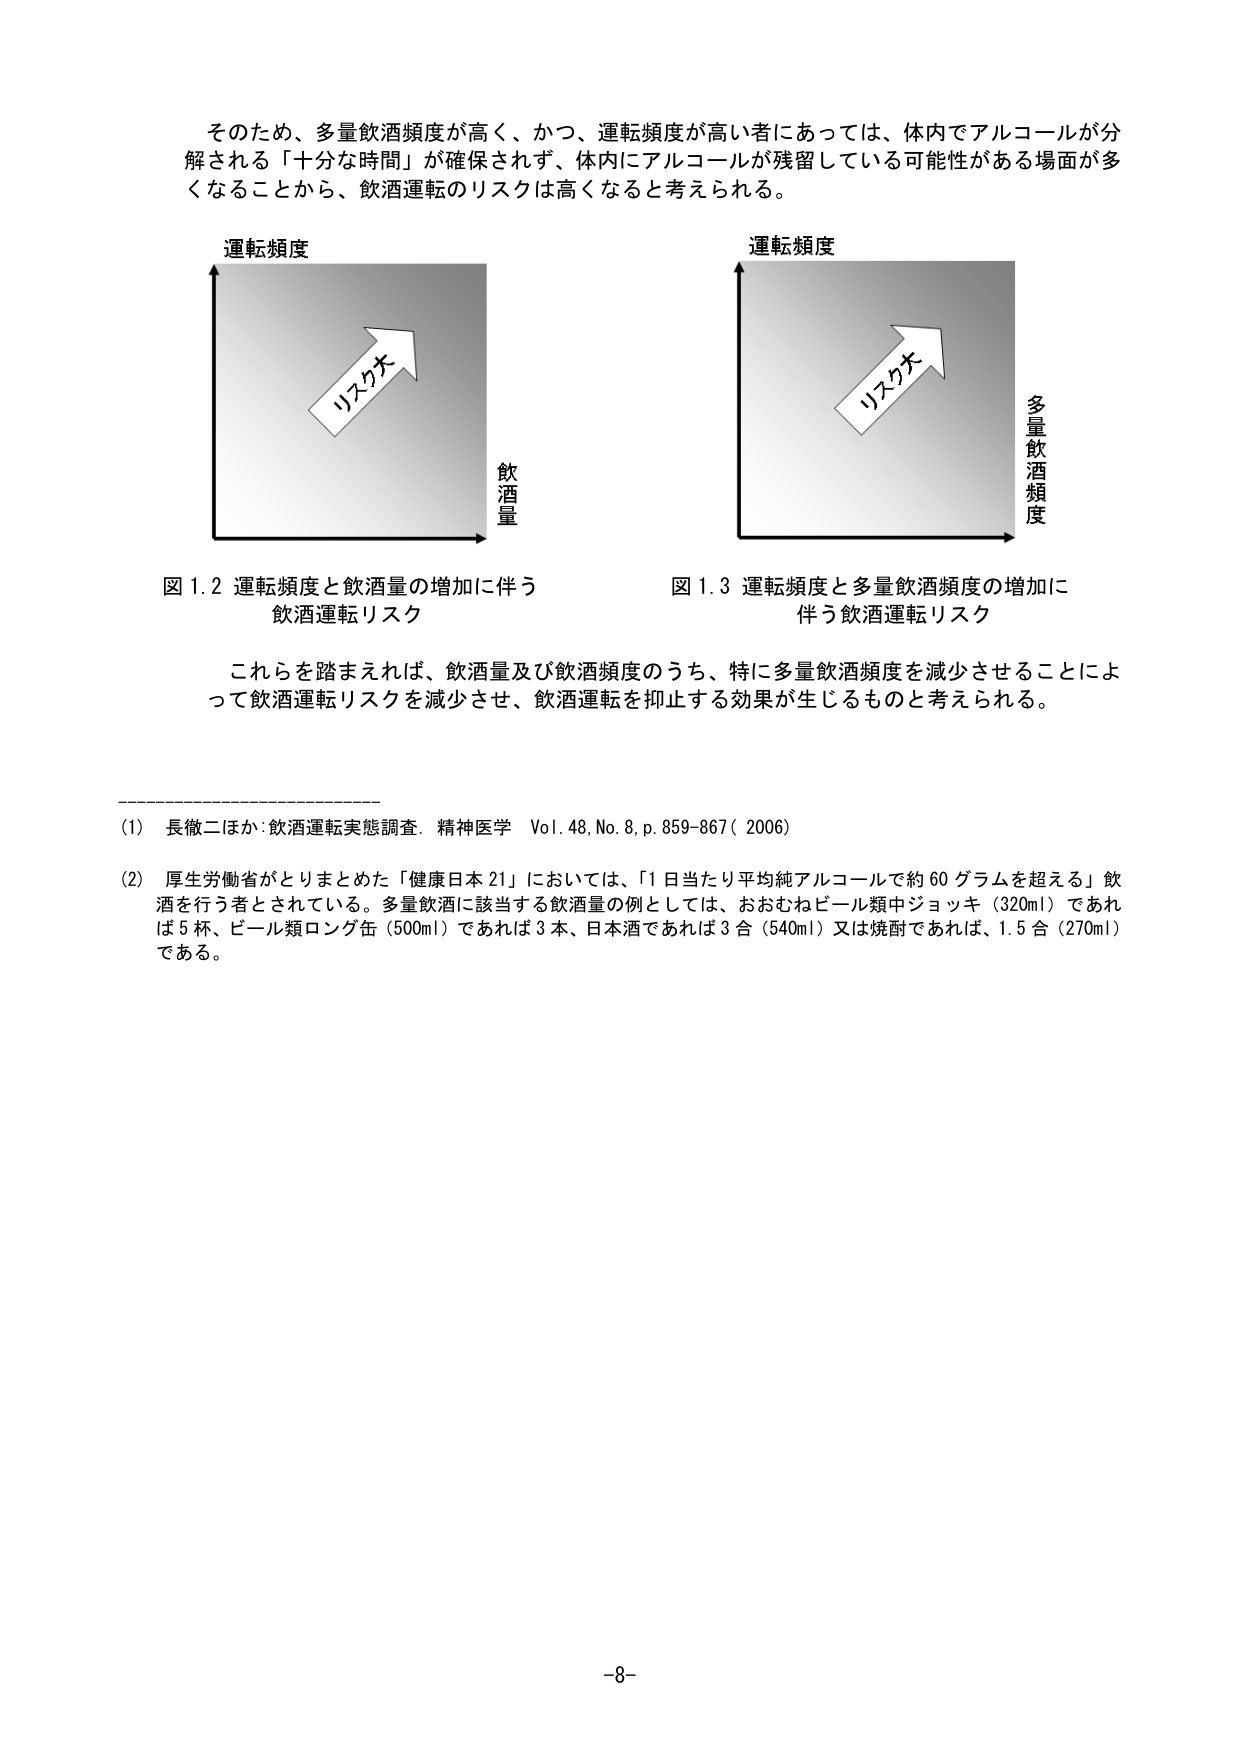
そのため、多量飲酒頻度が高く、かつ、運転頻度が高い者にあっては、体内でアルコールが分解される「十分な時間」が確保されず、体内にアルコールが残留している可能性がある場面が多くなることから、飲酒運転のリスクは高くなると考えられる。

運転頻度
リスカ大
飲酒量

図 1.2 運転頻度と飲酒量の増加に伴う
飲酒運転リスク

運転頻度
リスカ大
多量飲酒頻度

図 1.3 運転頻度と多量飲酒頻度の増加に
伴う飲酒運転リスク

これらを踏まえれば、飲酒量及び飲酒頻度のうち、特に多量飲酒頻度を減少させることによって飲酒運転リスクを減少させ、飲酒運転を抑止する効果が生じるものと考えられる。

(1) 長徹二ほか：飲酒運転実態調査．精神医学 Vol. 48, No. 8, p. 859-867 (2006)

(2) 厚生労働省がとりまとめた「健康日本21」においては、「1日当たり平均純アルコールで約60グラムを超える」飲酒を行う者とされている。多量飲酒に該当する飲酒量の例としては、おおむねビール類中ジョッキ（320ml）であれば5杯、ビール類ロング缶（500ml）であれば3本、日本酒であれば3合（540ml）又は焼酎であれば、1.5合（270ml）である。

-8-